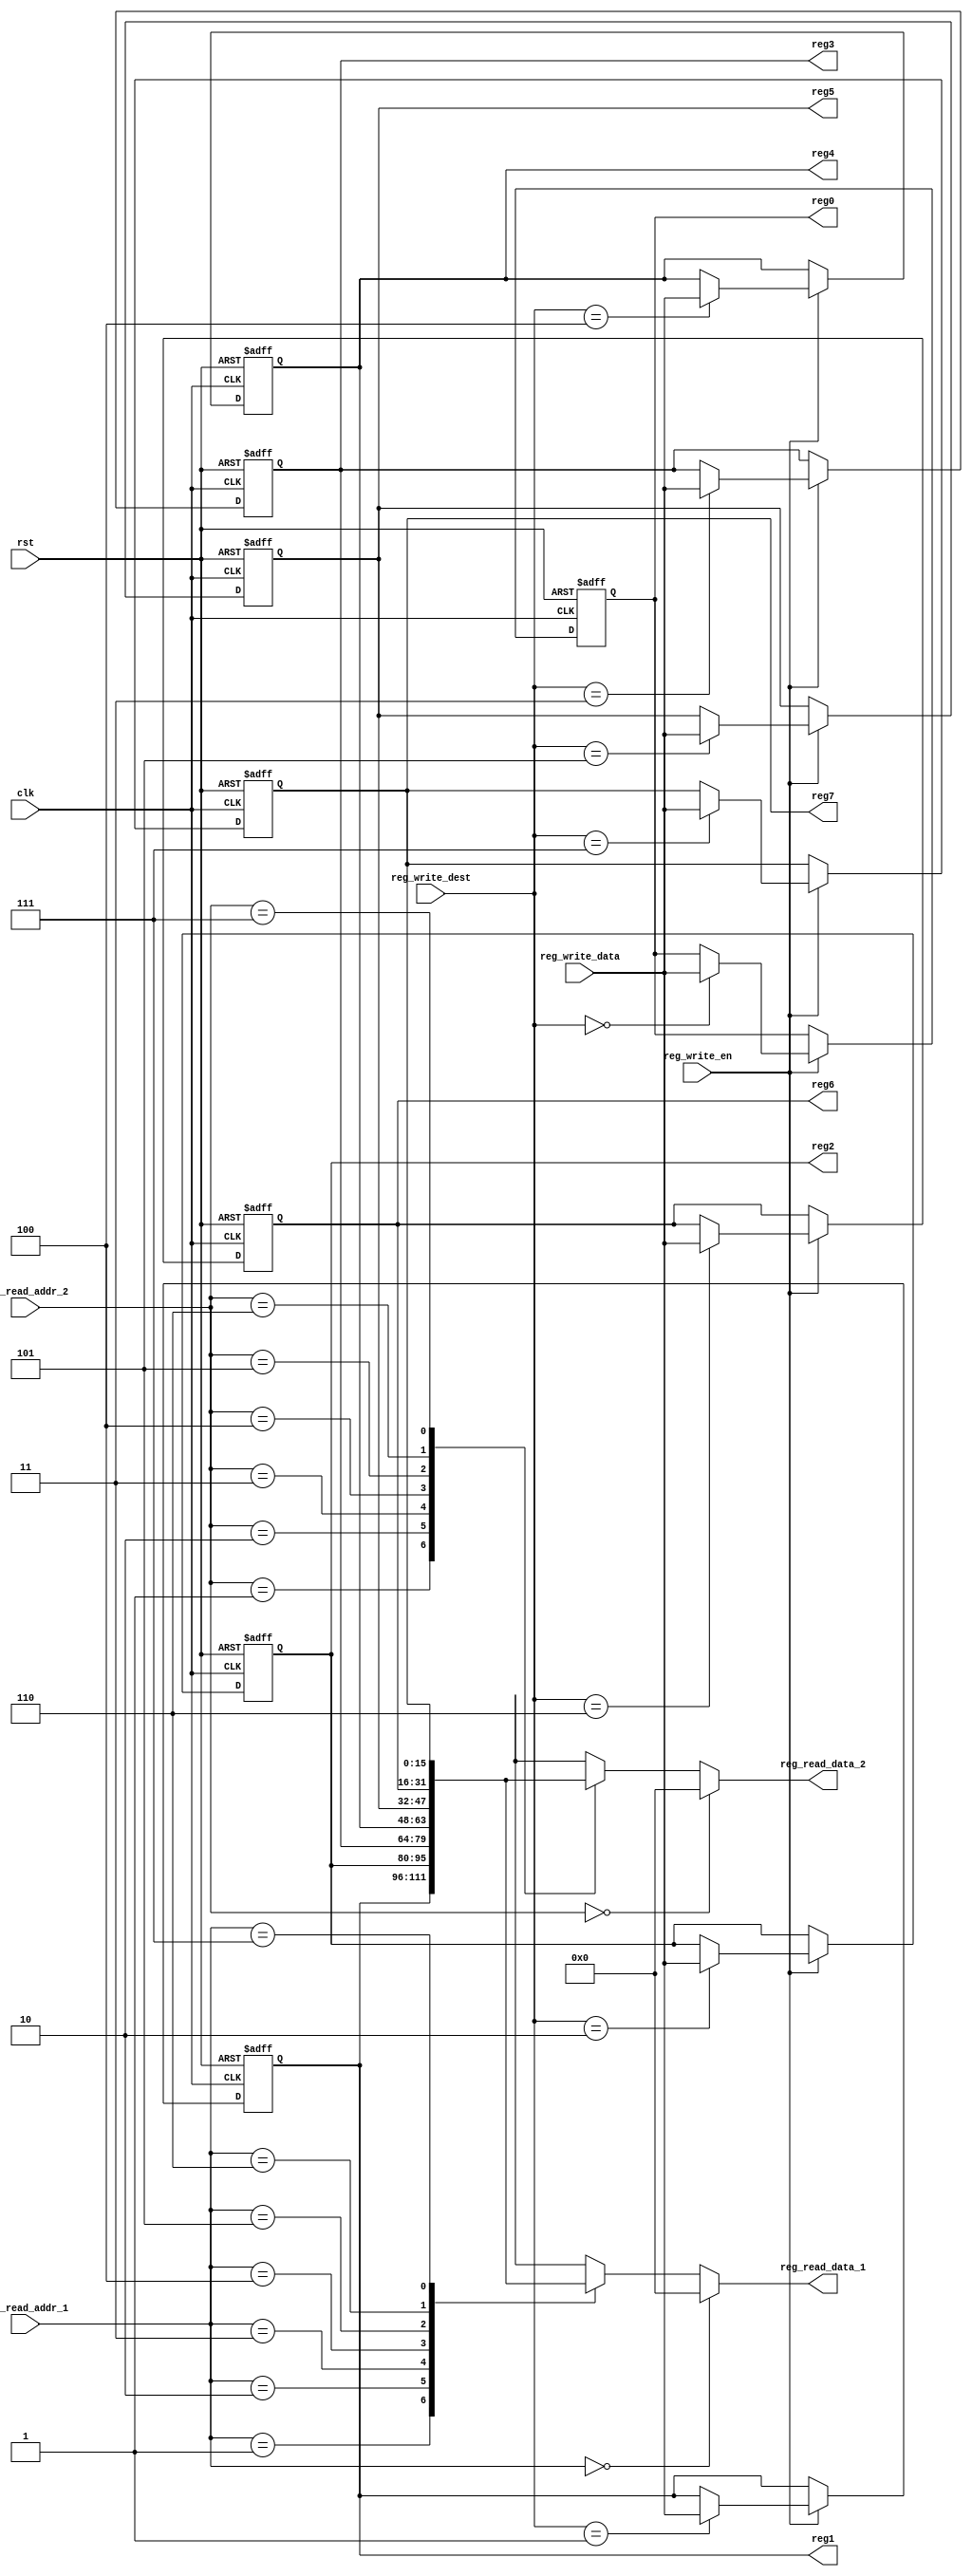
module register_file  
 (  
      input                    clk,  
      input                    rst,  
      // write port  
      input                    reg_write_en,  
      input          [2:0]     reg_write_dest,  
      input          [15:0]     reg_write_data,  
      //read port 1  
      input          [2:0]     reg_read_addr_1,  
      output          [15:0]     reg_read_data_1,  
      //read port 2  
      input          [2:0]     reg_read_addr_2,  
      output          [15:0]     reg_read_data_2,
      output  [15:0] reg0,
      output  [15:0] reg1,
      output  [15:0] reg2,
      output  [15:0] reg3,
      output  [15:0] reg4,
      output  [15:0] reg5,
      output  [15:0] reg6,  
      output  [15:0] reg7  
 );  
      reg     [15:0]     reg_array [7:0];  
      // write port  
      //reg [2:0] i;  
      always @ (posedge clk or posedge rst) begin  
           if(rst) begin  
                reg_array[0] <= 16'b0;  
                reg_array[1] <= 16'b0;  
                reg_array[2] <= 16'b0;  
                reg_array[3] <= 16'b0;  
                reg_array[4] <= 16'b0;  
                reg_array[5] <= 16'b0;  
                reg_array[6] <= 16'b0;  
                reg_array[7] <= 16'b0;       
           end  
           else begin  
                if(reg_write_en) begin  
                     reg_array[reg_write_dest] <= reg_write_data;  
                end  
           end  
      end  
      assign reg_read_data_1 = ( reg_read_addr_1 == 0)? 16'b0 : reg_array[reg_read_addr_1];  
      assign reg_read_data_2 = ( reg_read_addr_2 == 0)? 16'b0 : reg_array[reg_read_addr_2];  
      

      assign reg0 = reg_array[0];
      assign reg1 = reg_array[1];
      assign reg2 = reg_array[2];
      assign reg3 = reg_array[3];
      assign reg4 = reg_array[4];
      assign reg5 = reg_array[5];
      assign reg5 = reg_array[5];
      assign reg6 = reg_array[6];
      assign reg7 = reg_array[7];
 endmodule